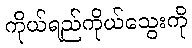
ကိုယ်ရည်ကိုယ်သွေးကို